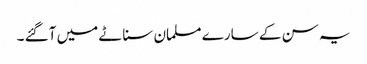
یہ سن کے سارے مسلمان سناٹے میں آگئے ۔